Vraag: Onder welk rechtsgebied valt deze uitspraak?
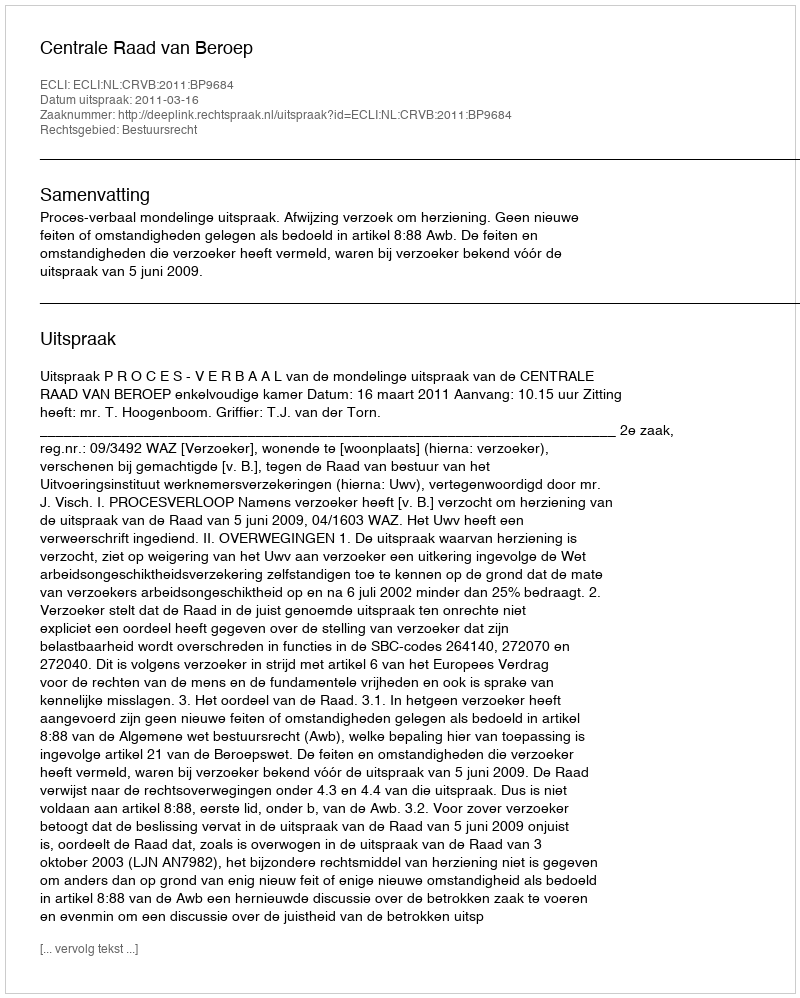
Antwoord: Bestuursrecht